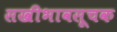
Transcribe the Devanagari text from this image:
सखीभावसूचक